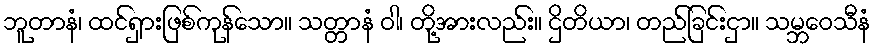
ဘူတာနံ၊ ထင်ရှားဖြစ်ကုန်သော။ သတ္တာနံ ဝါ၊ တို့အားလည်း။ ဌိတိယာ၊ တည်ခြင်းငှာ။ သမ္ဘဝေသီနံ